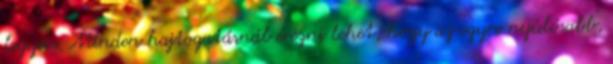
legyen. Minden hajtogatásnál érezni lehet, hogy az egyre nyúlósabb,